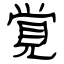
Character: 覚